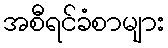
အစီရင်ခံစာများ